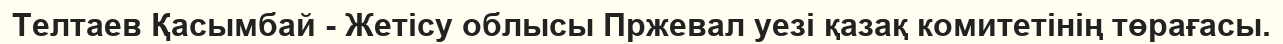
Телтаев Қасымбай - Жетісу облысы Пржевал уезі қазақ комитетінің төрағасы.